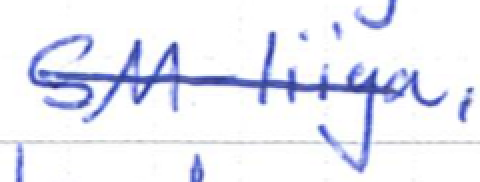
Text: SM-liiga,
Cross-out: single-line
Writing tool: ballpoint